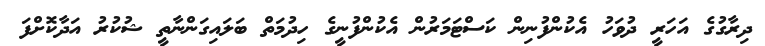
ދިރާގުގެ އަހަރީ ދުވަހު އެކުންފުނިން ކަސްޓަމަރުން އެކުންފުނީގެ ހިދުމަތް ބަލައިގަންނާތީ ޝުކުރު އަދާކޮށްފަ